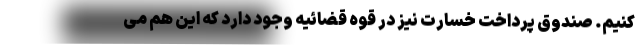
کنیم. صندوق پرداخت خسارت نیز در قوه قضائیه وجود دارد که این هم می